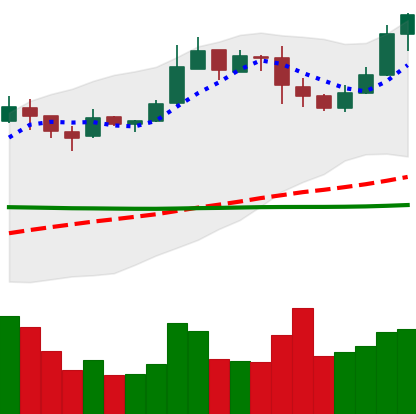
Ticker: BNB-USD
Chart end date: 2019-03-02
Forward return: 27.601%
Label: up_7plus